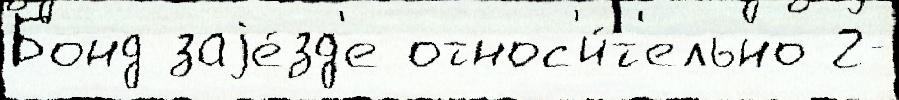
Бонд заjе́зд'е относ'и́т'ельно 2-